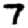
Digit: 7